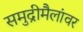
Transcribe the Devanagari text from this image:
समुद्रीमैलांवर